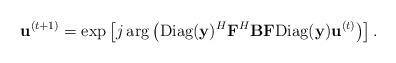
LaTeX: \begin{align*}\mathbf{u}^{(t+1)} = \exp\left[j\arg\left(\mathrm{Diag}(\mathbf{y})^H\mathbf{F}^{H}\mathbf{B}\mathbf{F}\mathrm{Diag}(\mathbf{y})\mathbf{u}^{(t)}\right)\right].\end{align*}